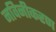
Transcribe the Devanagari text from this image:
नविनीकरण